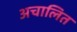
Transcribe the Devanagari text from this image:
अचालित